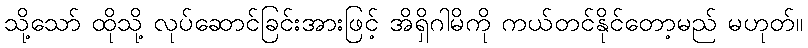
သို့သော် ထိုသို့ လုပ်ဆောင်ခြင်းအားဖြင့် အိရှိဂါမိကို ကယ်တင်နိုင်တော့မည် မဟုတ်။